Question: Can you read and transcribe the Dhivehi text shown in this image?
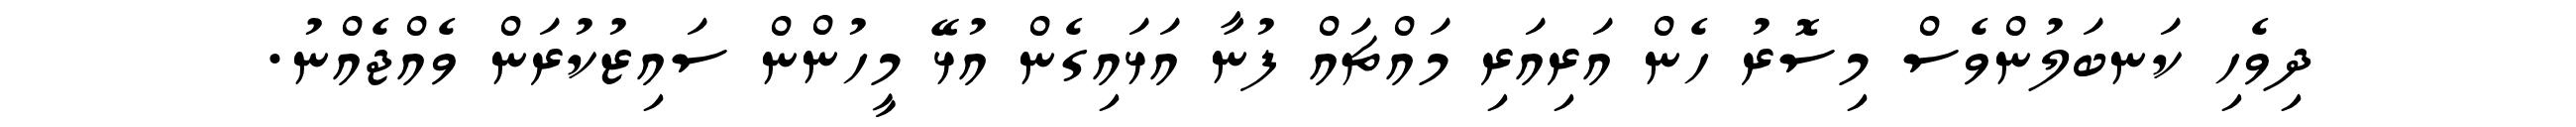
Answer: ދިވެހި ކަނބަލުންވެސް މިސޮރު ހެން އަރިއަރި މައްޗައް ފުނާ އަޅައިގެން އުޅޭ މީހުންން ސައިޒުކުރަން ވެއްޖެއްނު.